Annual report of the Civil Veterinary Department, Bengal, and of the Bengal Veterinary College for the year 1903-1904 - 1903-1904
Year: 1903
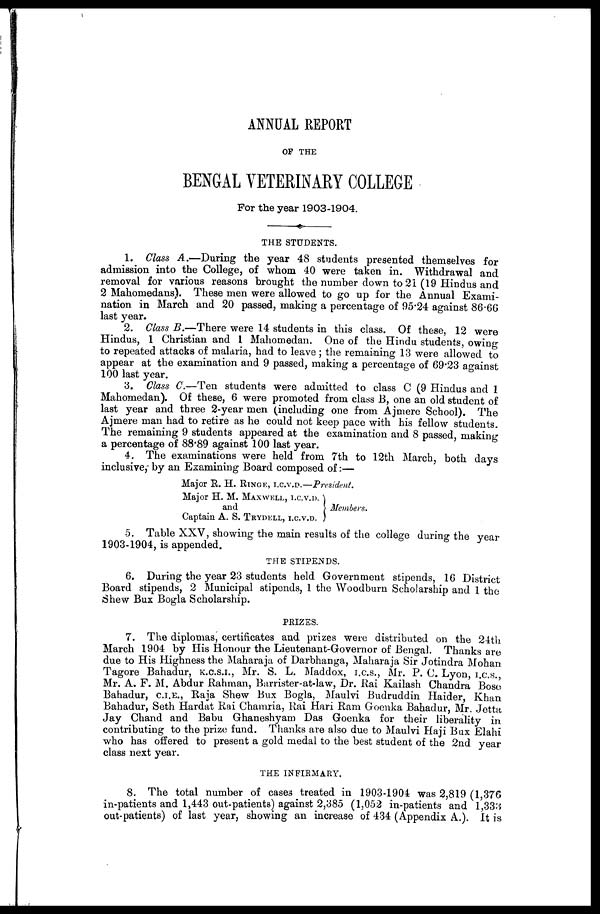
ANNUAL REPORT
OP THE
BENGAL VETERINARY COLLEGE
For the year 1903-1904.
THE STUDENTS.
1. Class A.—During the year 48 students presented themselves for
admission into the College, of whom 40 were taken in. Withdrawal and
removal for various reasons brought the number down to 21 (19 Hindus and
2 Mahomedans). These men were allowed to go up for the Annual Exami-
nation in March and 20 passed, making a percentage of 95.24 against 86.66
last year.
2. Class B.—There were 14 students in this class. Of these, 12 were
Hindus, 1 Christian and 1 Mahomedan. One of the Hindu students, owing
to repeated attacks of malaria, had to leave ; the remaining 13 were allowed to
appear at the examination and 9 passed, making a percentage of 69.23 against
100 last year.
3. Class C.—Ten students were admitted to class C (9 Hindus and 1
Mahomedan). Of these, 6 were promoted from class B, one an old student of
last year and three 2-year men (including one from Ajmere School). The
Ajmere man had to retire as he could not keep pace with his fellow students.
The remaining 9 students appeared at the examination and 8 passed, making
a percentage of 88.89 against 100 last year.
4. The examinations were held from 7th to 12th March, both days
inclusive, by an Examining Board composed of:—
Major R. H. RINGE, I.C.V.D.—President.
Major H. M. MAXWELL, I.C.V.D.
and
Members.
Captain A. S. TRYDELL, I.C.V.D.
5. Table XXV, showing the main results of the college during the year
1903-1904, is appended.
THE STIPENDS.
6. During the year 23 students held Government stipends, 16 District
Board stipends, 2 Municipal stipends, 1 the Woodburn Scholarship and 1 the
Shew Bux Bogla Scholarship.
PRIZES.
7. The diplomas, certificates and prizes were distributed on the 24th
March 1904 by His Honour the Lieutenant-Governor of Bengal. Thanks are
due to His Highness the Maharaja of Darbhanga, Maharaja Sir Jotindra Mohan
Tagore Bahadur, K.C.S.I., Mr. S. L. Maddox, I.C.S., Mr. P. C. Lyon, I.C.S.
Mr. A. F. M. Abdur Rahman, Barrister-at-law, Dr. Rai Kailash Chandra Bose
Bahadur, C.I.E., Raja Shew Bux Bogla, Maulvi Budruddin Haider, Khan
Bahadur, Seth Hardat Rai Chamria, Rai Hari Ram Goenka Bahadur, Mr. Jetta,
Jay Chand and Babu Ghaneshyam Das Goenka for their liberality in
contributing to the prize fund. Thanks are also due to Maulvi Haji Bux Elahi
who has offered to present a gold medal to the best student of the 2nd year
class next year.
THE INFIRMARY.
8. The total number of cases treated in 1903-1904 was 2,819 (1,376
in-patients and 1,443 out-patients) against 2,385 (1,052 in-patients and 1,333
out-patients) of last year, showing an increase of 434 (Appendix A.). It is